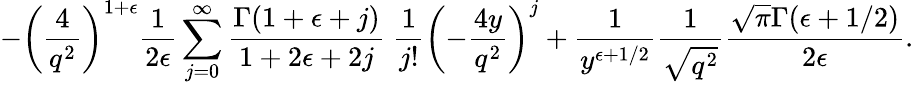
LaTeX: -\left(\frac{4}{q^{2}}\right)^{1+\epsilon}\frac{1}{2\epsilon}\sum_{j=0}^{\infty}\frac{\Gamma(1+\epsilon+j)}{1+2\epsilon+2j}~\frac{1}{j!}\left(-\frac{4y}{q^{2}}\right)^{j}+\frac{1}{y^{\epsilon+1/2}}\frac{1}{\sqrt{q^{2}}}\frac{\sqrt{\pi}\Gamma(\epsilon+1/2)}{2\epsilon}.